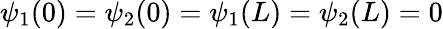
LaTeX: \psi_{1}(0)=\psi_{2}(0)=\psi_{1}(L)=\psi_{2}(L)=0